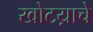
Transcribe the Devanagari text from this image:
खोटय़ाचे